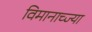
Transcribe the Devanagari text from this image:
विमानाच्ज्या